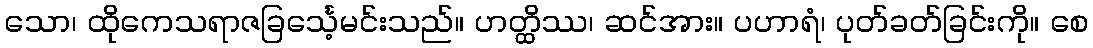
သော၊ ထိုကေသရာဇခြင်္သေ့မင်းသည်။ ဟတ္ထိဿ၊ ဆင်အား။ ပဟာရံ၊ ပုတ်ခတ်ခြင်းကို။ စေ